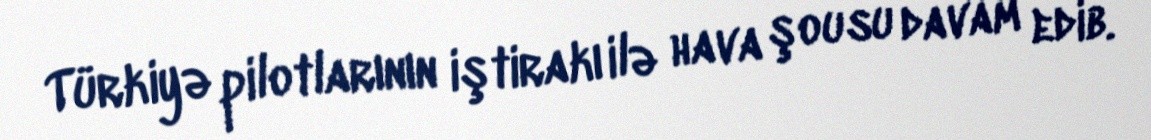
Türkiyə pilotlarının iştirakı ilə hava şousu davam edib.